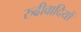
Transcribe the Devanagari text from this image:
रुढीवादियों